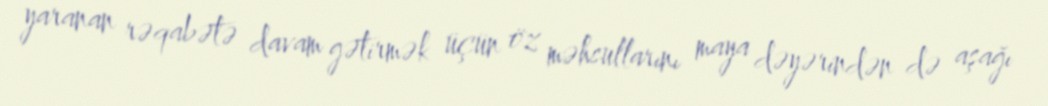
yaranan rəqabətə davam gətirmək üçün öz məhsullarını maya dəyərindən də aşağı